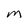
Character: M